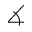
\measuredangle